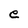
Character: e